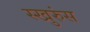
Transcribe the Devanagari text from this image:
स्खुरुंस